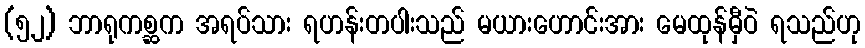
(၅၂) ဘာရုကစ္ဆက အရပ်သား ရဟန်းတပါးသည် မယားဟောင်းအား မေထုန်မှီဝဲ ရသည်ဟု